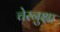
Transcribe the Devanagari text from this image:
चेरनुक्षा